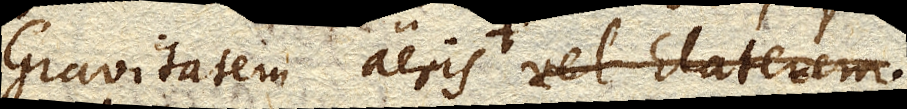
Gravitatem aeris vel Elaterem.